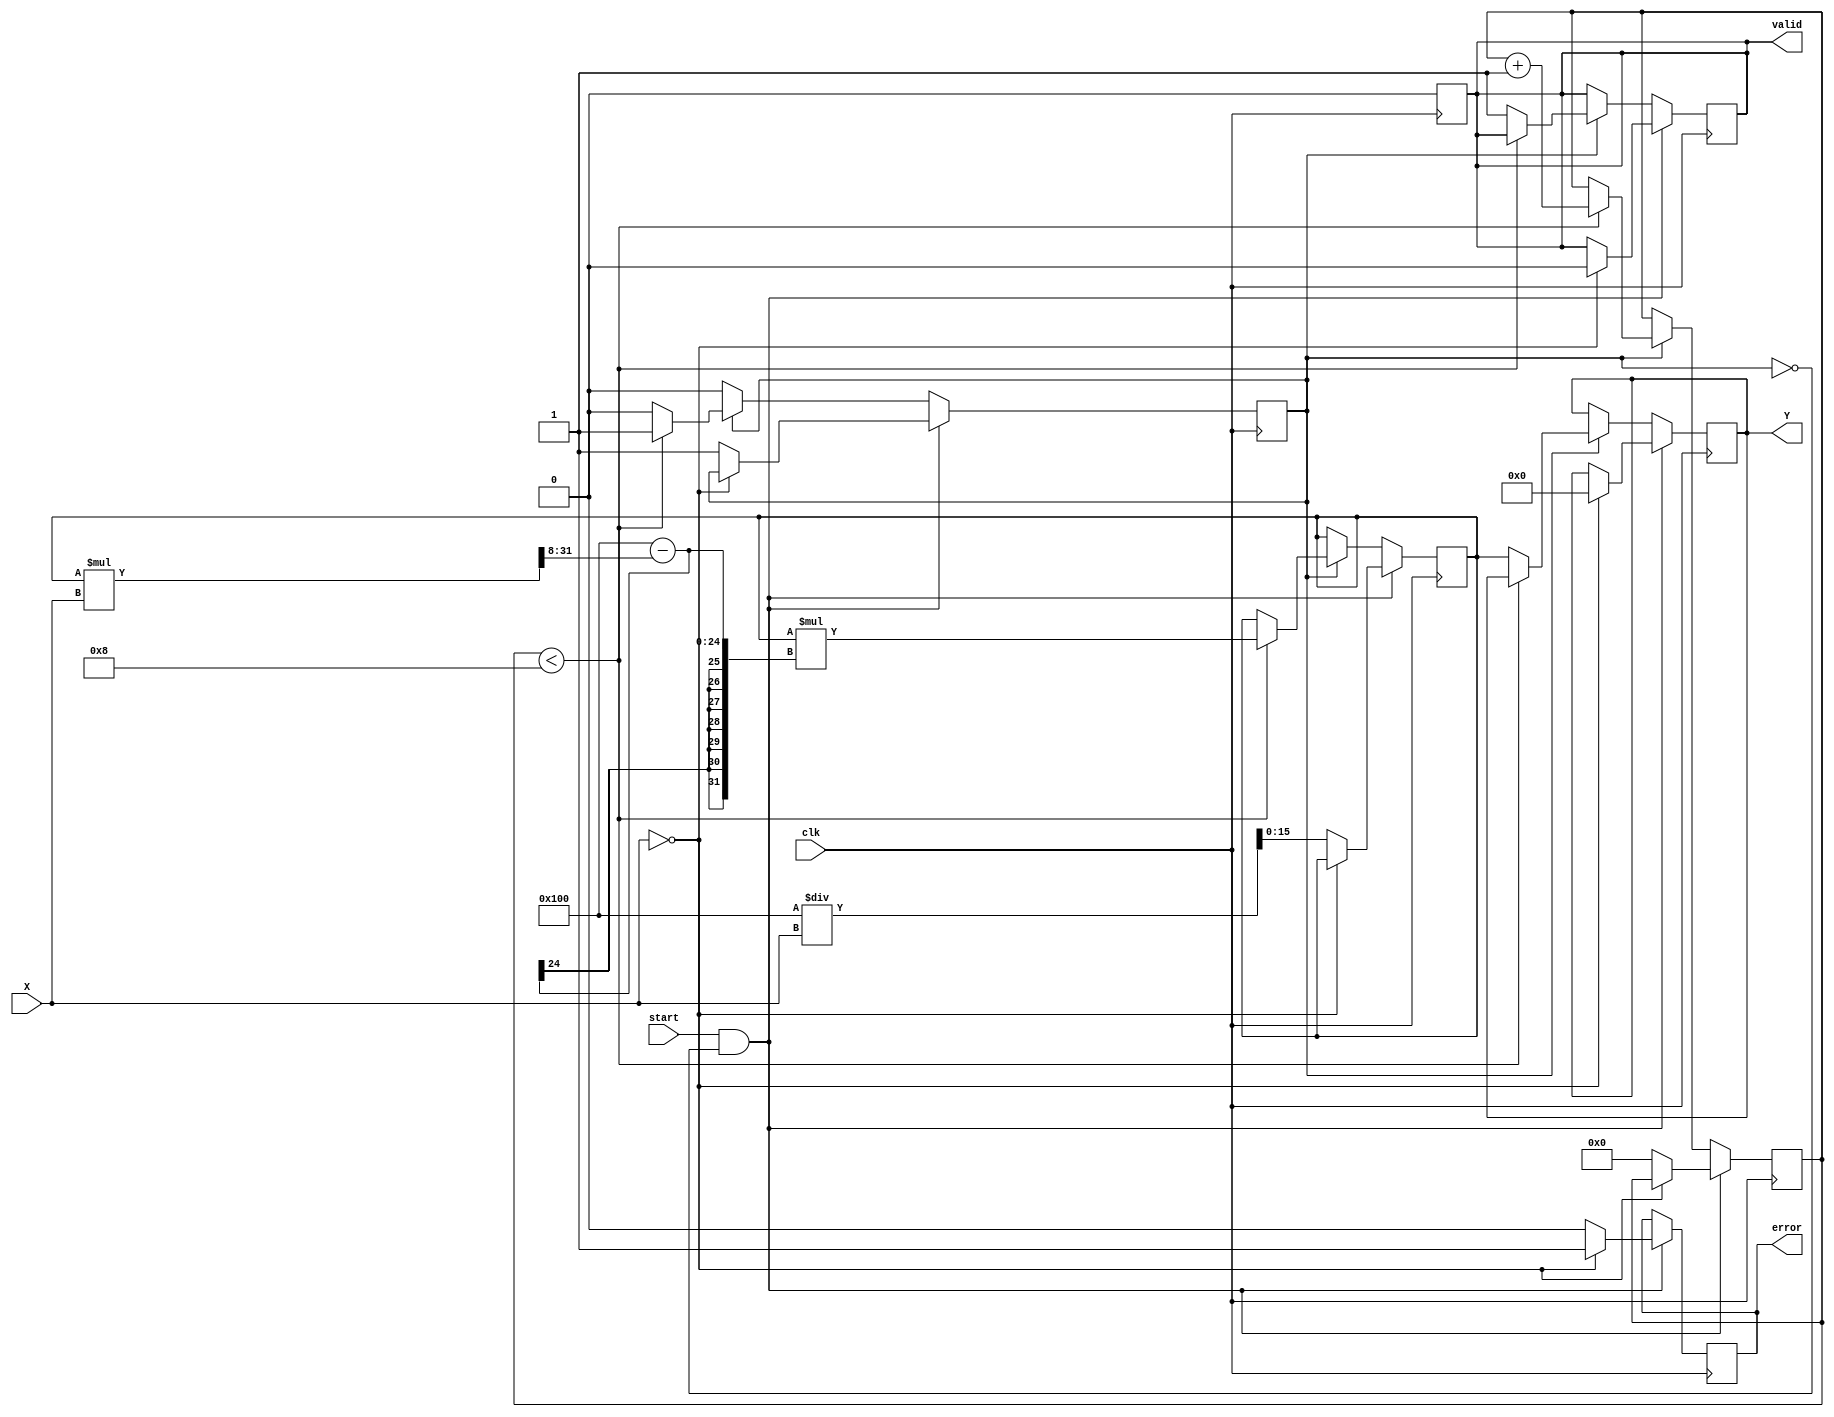
module fixed_point_reciprocal #(
    parameter N = 16, // Total bits
    parameter M = 8,  // Integer bits
    parameter F = 8   // Fractional bits
)(
    input  wire [N-1:0] X,  // Input fixed-point number (Qm.n)
    input  wire clk,         // Clock signal
    input  wire start,       // Start signal for computation
    output reg [N-1:0] Y,    // Output fixed-point reciprocal (Qm.n)
    output reg valid,        // Output valid signal
    output reg error         // Error signal for zero input
);

    // Internal parameters
    localparam MAX_ITER = 8; // Maximum iterations for Newton-Raphson
    localparam FIXED_ONE = (1 << F); // Fixed-point representation of 1

    // Internal signals
    reg [N-1:0] reciprocal;   // Current estimate of the reciprocal
    reg [N-1:0] temp;         // Temporary variable for calculations
    reg [3:0] iter;           // Iteration counter
    reg computing;            // Flag to indicate if computation is ongoing

    // State machine for control
    always @(posedge clk) begin
        if (start && !computing) begin
            if (X == 0) begin
                Y <= 0;       // Handle zero input
                valid <= 0;
                error <= 1;   // Set error signal
            end else begin
                reciprocal <= FIXED_ONE / X; // Initial guess
                iter <= 0;
                computing <= 1;
                error <= 0;   // Clear error signal
            end
        end else if (computing) begin
            if (iter < MAX_ITER) begin
                // Newton-Raphson iteration: x[n+1] = x[n] * (2 - x[n] * X)
                temp = reciprocal * (FIXED_ONE - (reciprocal * X >> F));
                reciprocal <= temp;
                iter <= iter + 1;
            end else begin
                Y <= reciprocal; // Final result
                valid <= 1;      // Output is valid
                computing <= 0;  // Reset computing flag
            end
        end
    end

    // Reset valid signal after one clock cycle
    always @(posedge clk) begin
        if (valid) begin
            valid <= 0; // Clear valid signal for next computation
        end
    end

endmodule